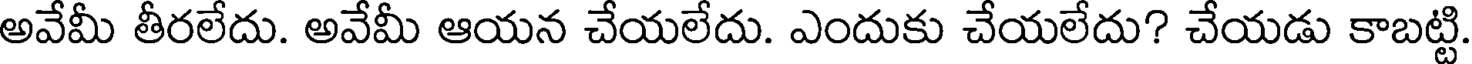
అవేమీ తీరలేదు. అవేమీ ఆయన చేయలేదు. ఎందుకు చేయలేదు? చేయడు కాబట్టి